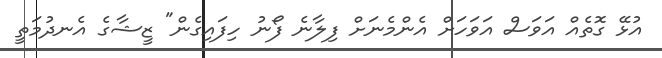
އުޅޭ ގޮތެއް އަވަސް އަވަހަށް އެންމެނަށް ފިލާނެ ފޯނު ހިފައިގެން" ޒީޝާގެ އެނދުމަތީ